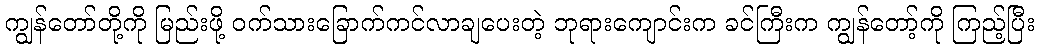
ကျွန်တော်တို့ကို မြည်းဖို့ ဝက်သားခြောက်ကင်လာချပေးတဲ့ ဘုရားကျောင်းက ခင်ကြီးက ကျွန်တော့်ကို ကြည့်ပြီး